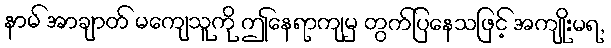
နာမ် အာချာတ် မကျေသူကို ဤနေရာကျမှ တွက်ပြနေသဖြင့် အကျိုးမရ,